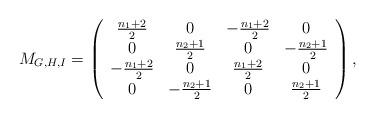
LaTeX: \begin{align*}M_{G, H, I} = \left( \begin{array}{cccc}\frac{n_1 + 2}{2} & 0 & -\frac{n_1 + 2}{2} & 0 \\0 & \frac{n_2 + 1}{2} & 0 & -\frac{n_2 + 1}{2} \\-\frac{n_1 + 2}{2} & 0 & \frac{n_1 + 2}{2} & 0 \\0 & -\frac{n_2 + 1}{2} & 0 & \frac{n_2 + 1}{2} \end{array} \right),\end{align*}